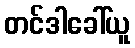
တင်ဒါခေါ်ယူ